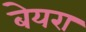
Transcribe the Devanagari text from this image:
बेयरा